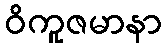
ဝိကူဇမာနာ